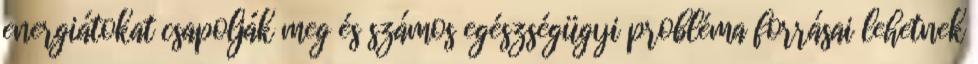
energiátokat csapolják meg és számos egészségügyi probléma forrásai lehetnek